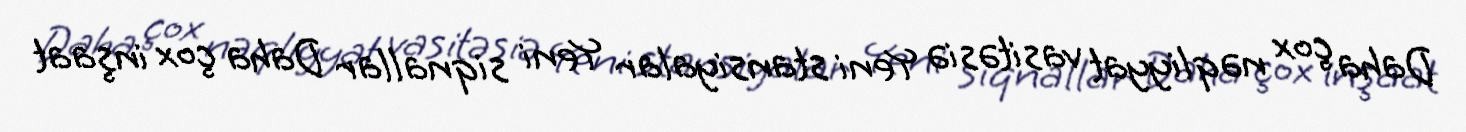
Daha çox nəqliyyat vasitəsiə Yeni stansiyalar Yeni siqnallar Daha çox inşaat